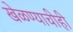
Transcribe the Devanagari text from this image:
खेळण्याचीही